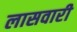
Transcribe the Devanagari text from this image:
लासवारी